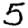
Digit: 5